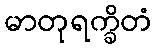
မာတုရက္ခိတံ